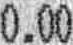
0.00